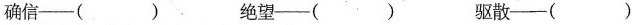
确信——（）绝望——（） 驱散——（）